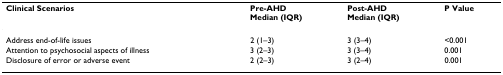
| Clinical Scenarios | Pre-AHDMedian (IQR) | Post-AHDMedian (IQR) | P Value |
 | --- | --- | --- | --- |
 | Address end-of-life issues | 2 (1–3) | 3 (3–4) | <0.001 |
 | Attention to psychosocial aspects of illness | 3 (2–3) | 3 (3–4) | 0.001 |
 | Disclosure of error or adverse event | 2 (2–3) | 3 (2–4) | 0.001 |